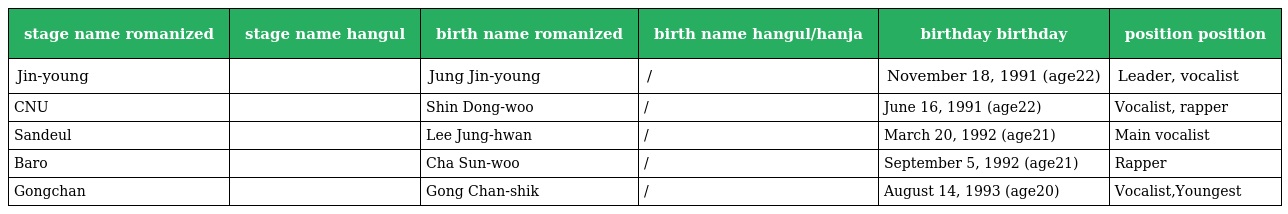
| stage name romanized | stage name hangul | birth name romanized | birth name hangul/hanja | birthday birthday | position position |
 | --- | --- | --- | --- | --- | --- |
 | Jin-young | 진영 | Jung Jin-young | 정진영/鄭振永 | November 18, 1991 (age22) | Leader, vocalist |
 | CNU | 신우 | Shin Dong-woo | 신동우/申東佑 | June 16, 1991 (age22) | Vocalist, rapper |
 | Sandeul | 산들 | Lee Jung-hwan | 이정환/季征桓 | March 20, 1992 (age21) | Main vocalist |
 | Baro | 바로 | Cha Sun-woo | 차선우/車善玗 | September 5, 1992 (age21) | Rapper |
 | Gongchan | 공찬 | Gong Chan-shik | 공찬식/孔燦植 | August 14, 1993 (age20) | Vocalist,Youngest |